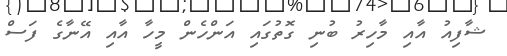
ޝާފިއު އާއި މާހިރު ބުނި ގޮތުގައި އަންހެން މީހާ އާއި އޭނާގެ ފަސް